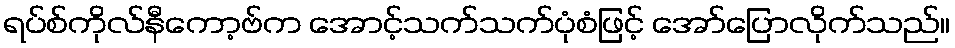
ရပ်စ်ကိုလ်နီကော့ဗ်က အောင့်သက်သက်ပုံစံဖြင့် အော်ပြောလိုက်သည်။